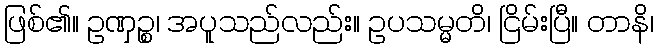
ဖြစ်၏။ ဥဏှဉ္စ၊ အပူသည်လည်း။ ဥပသမ္မတိ၊ ငြိမ်းပြီ။ တာနိ၊